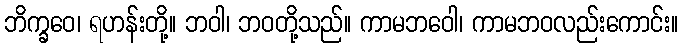
ဘိက္ခဝေ၊ ရဟန်းတို့။ ဘဝါ၊ ဘဝတို့သည်။ ကာမဘဝေါ၊ ကာမဘဝလည်းကောင်း။